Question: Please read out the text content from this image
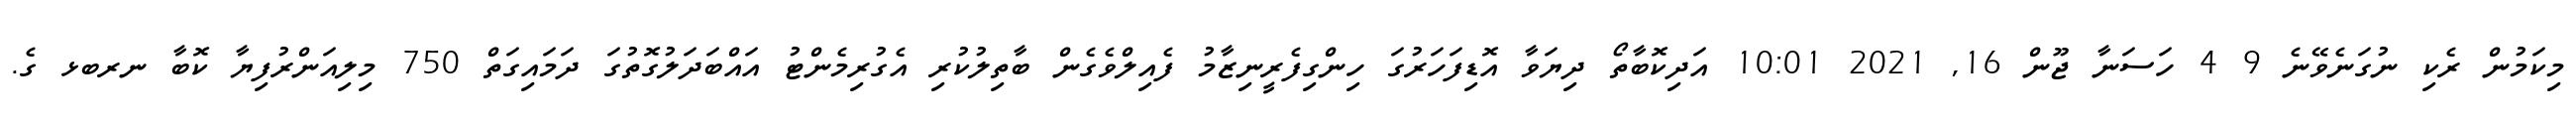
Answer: މިކަމުން ރެކި ނުގަނެވޭނެ 9 4 ހަސަނާ ޖޫން 16, 2021 10:01 އަދިކޮބާތޯ ދިޔަވާ އޮޑިފަހަރުގަ ހިންގިފެރީނިޒާމު ފެއިލްވެގެން ބާތިލުކުރި އެގުރިމެންޓު އައްބަދަލުގޮތުގަ ދަމައިގަތް 750 މިލިއަންރުފިޔާ ކޮބާ ނރބޅ ގެ.